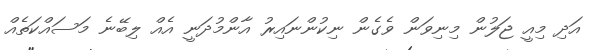
އަދި މިއީ ޖަލުން މިނިވަން ވެގެން ނިކުންނައިރު އާންމުދަނީ އެއް ލިބޭނެ މަސައްކަތެއް